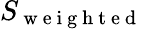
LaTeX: S_{\mathrm{~w~e~i~g~h~t~e~d~}}